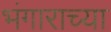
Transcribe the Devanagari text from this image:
भंगाराच्या